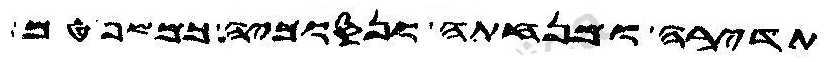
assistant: תדירה ומנחתה ונסוכיה כמשפטםפשרונון